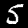
Label: 5